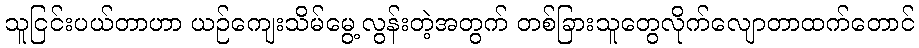
သူငြင်းပယ်တာဟာ ယဉ်ကျေးသိမ်မွေ့လွန်းတဲ့အတွက် တစ်ခြားသူတွေလိုက်လျောတာထက်တောင်